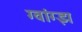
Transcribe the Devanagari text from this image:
ग्वांग्झ